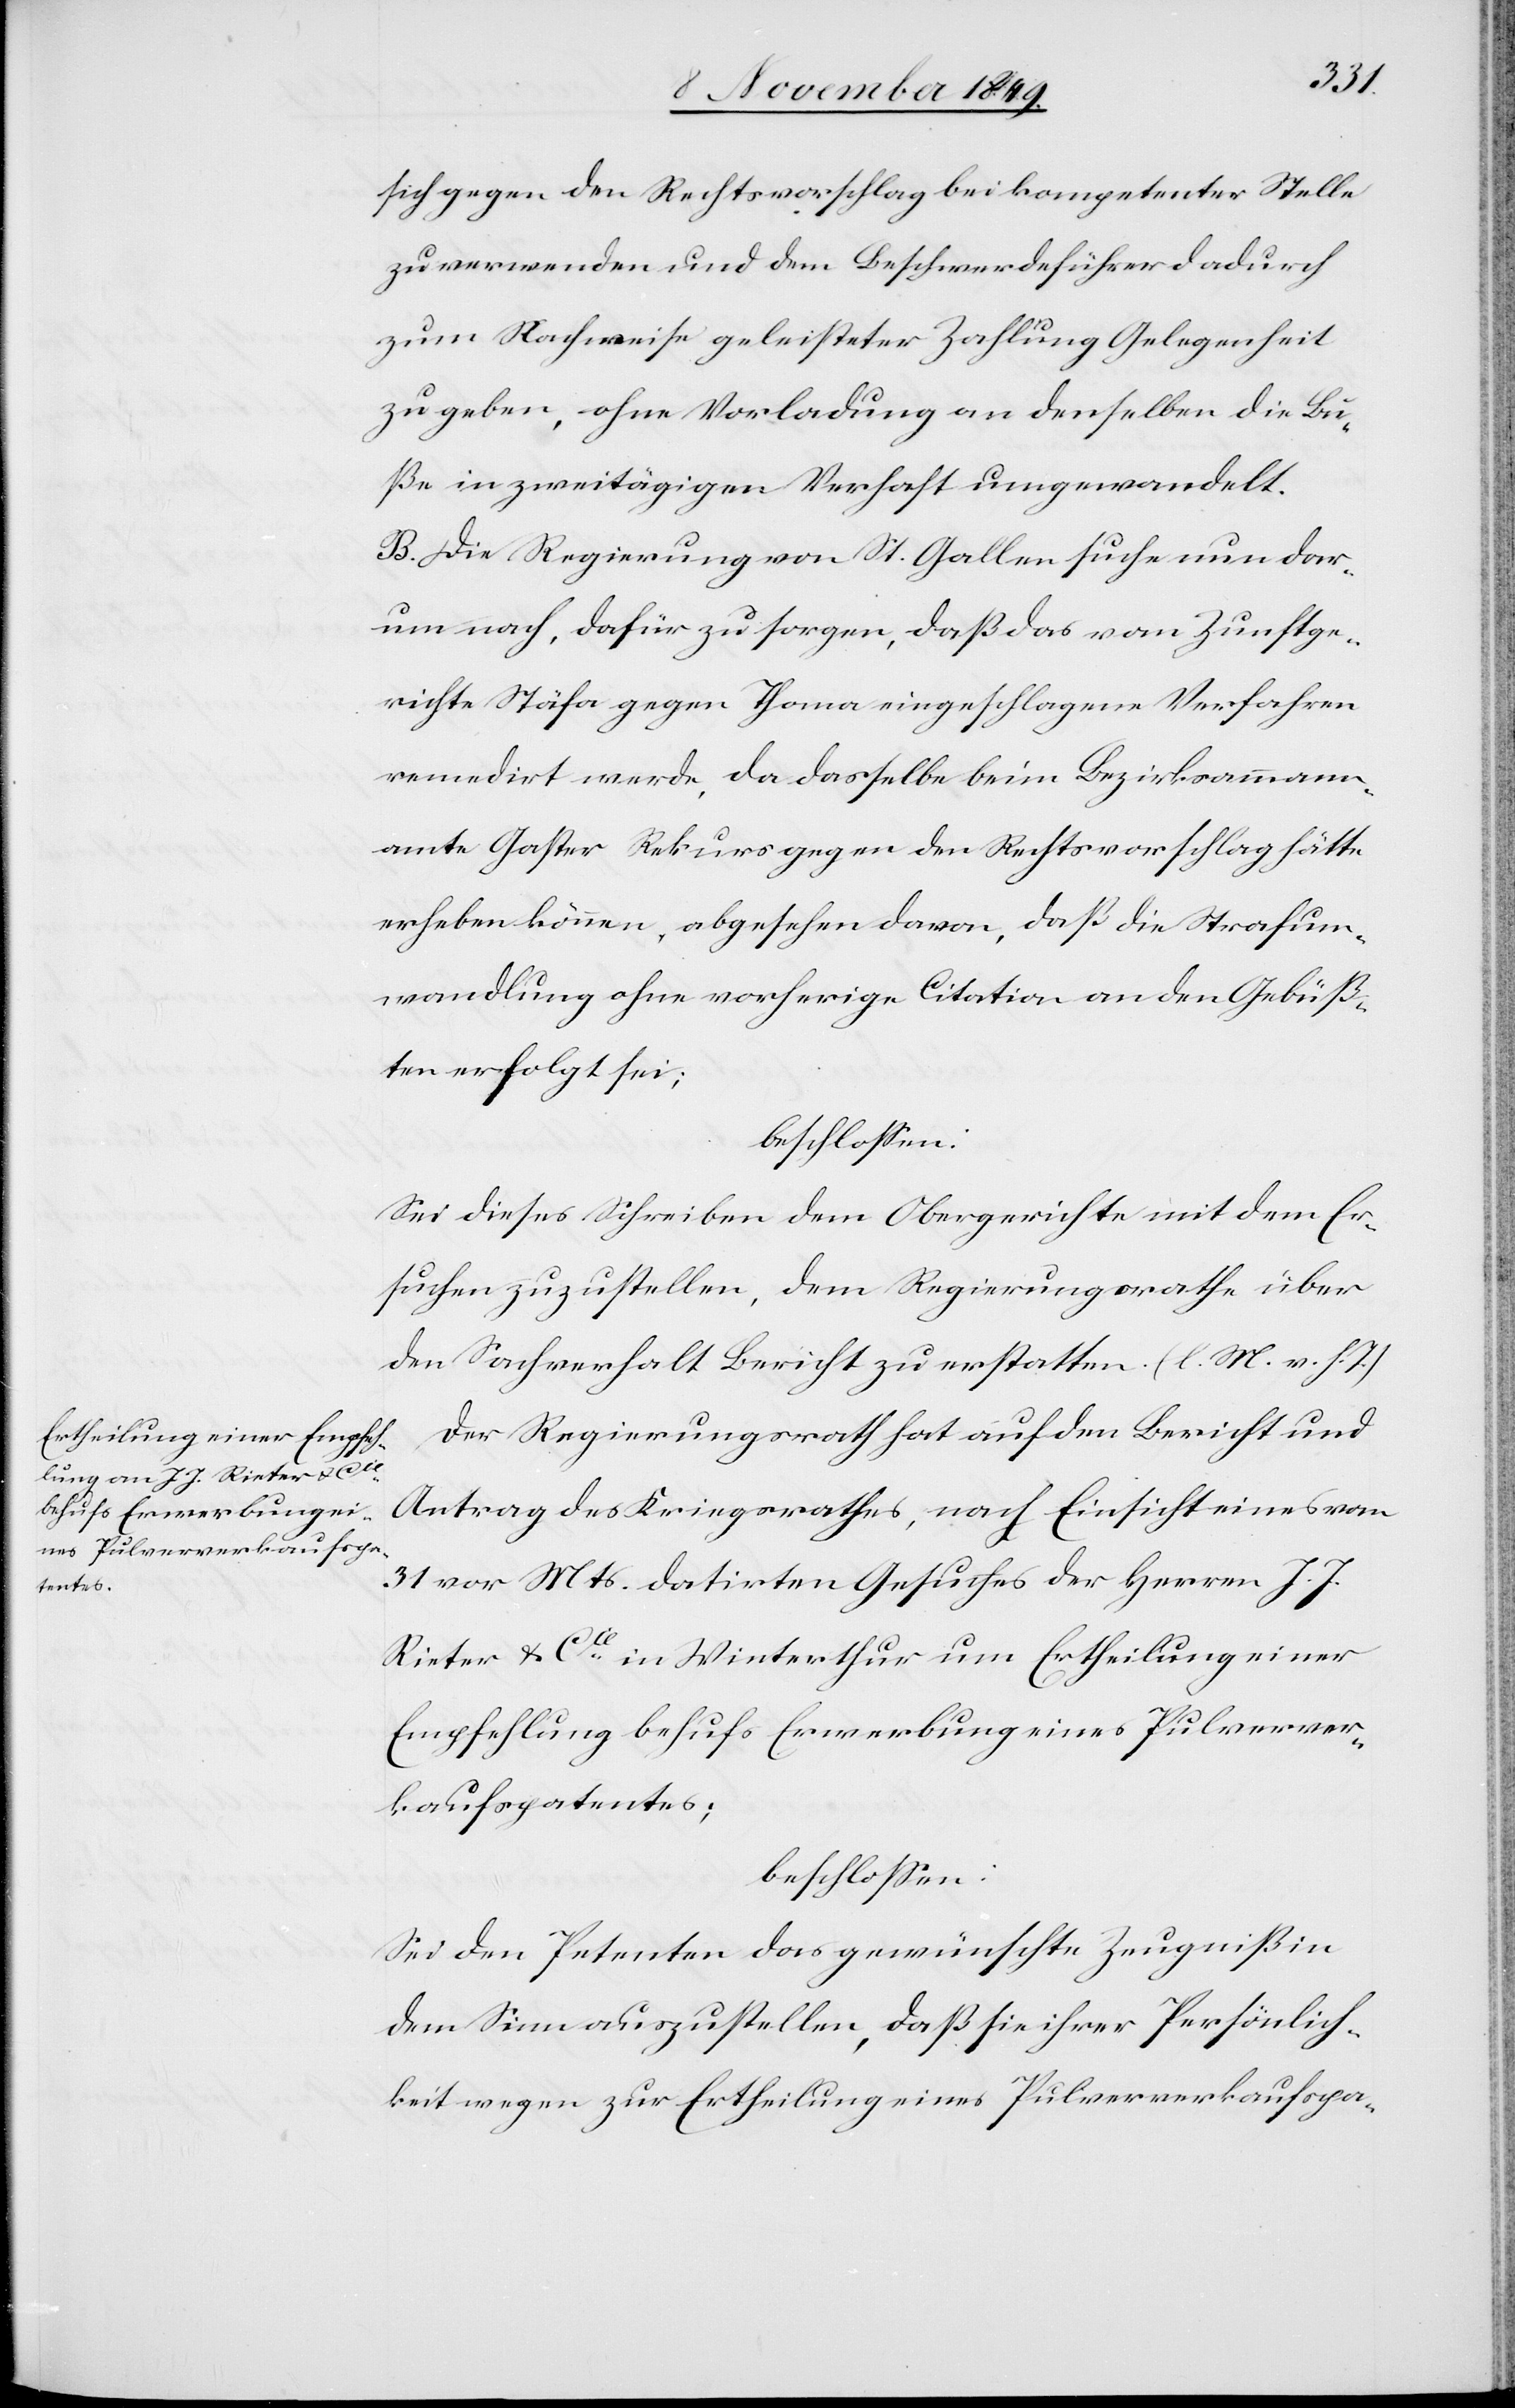
eines Pulververkaufspa-

keit
sich gegen den Rechtsvorschlag bei kompetenter Stelle
zu verwenden und dem Beschwerdeführer dadurch
zum Nachweise geleisteter Zahlung Gelegenheit
zu geben, ohne Vorladung an denselben die Bu¬
ße in zweitägigen Verhaft umgewandelt.
B. Die Regierung von St. Gallen suche nun dar¬
um nach, dafür zu sorgen, daß das vom Zunftge¬
richte Stäfa gegen Thoma eingeschlagene Verfahren
remedirt werde, da dasselbe beim Bezirksammann¬
amte Gaßer Rekurs gegen den Rechtsvorschlag hätte
erheben können, abgesehen davon, daß die Strafum¬
wandlung ohne vorherige Citation an den Gebüß¬
ten erfolgt sei;
beschloßen:
Sei dieses Schreiben dem Obergerichte mit dem Er¬
suchen zuzustellen, dem Regierungsrathe über
den Sachverhalt Bericht zu erstatten. [l. M. v. h. T]
Der Regierungsrath hat auf den Bericht und
Antrag des Kriegsrathes, nach Einsicht eines vom
31v. Mts. datirten Gesuches der Herrn J. J.
Rieter u. Cie in Winterthur um Ertheilung einer
Empfehlung behufs Erwerbung eines Pulverver¬
kaufspatentes;
beschloßen:
Sei dem Petenten das gewünschte Zeugniß in
dem Sinne auszustellen, daß sie ihrer Persönlich¬